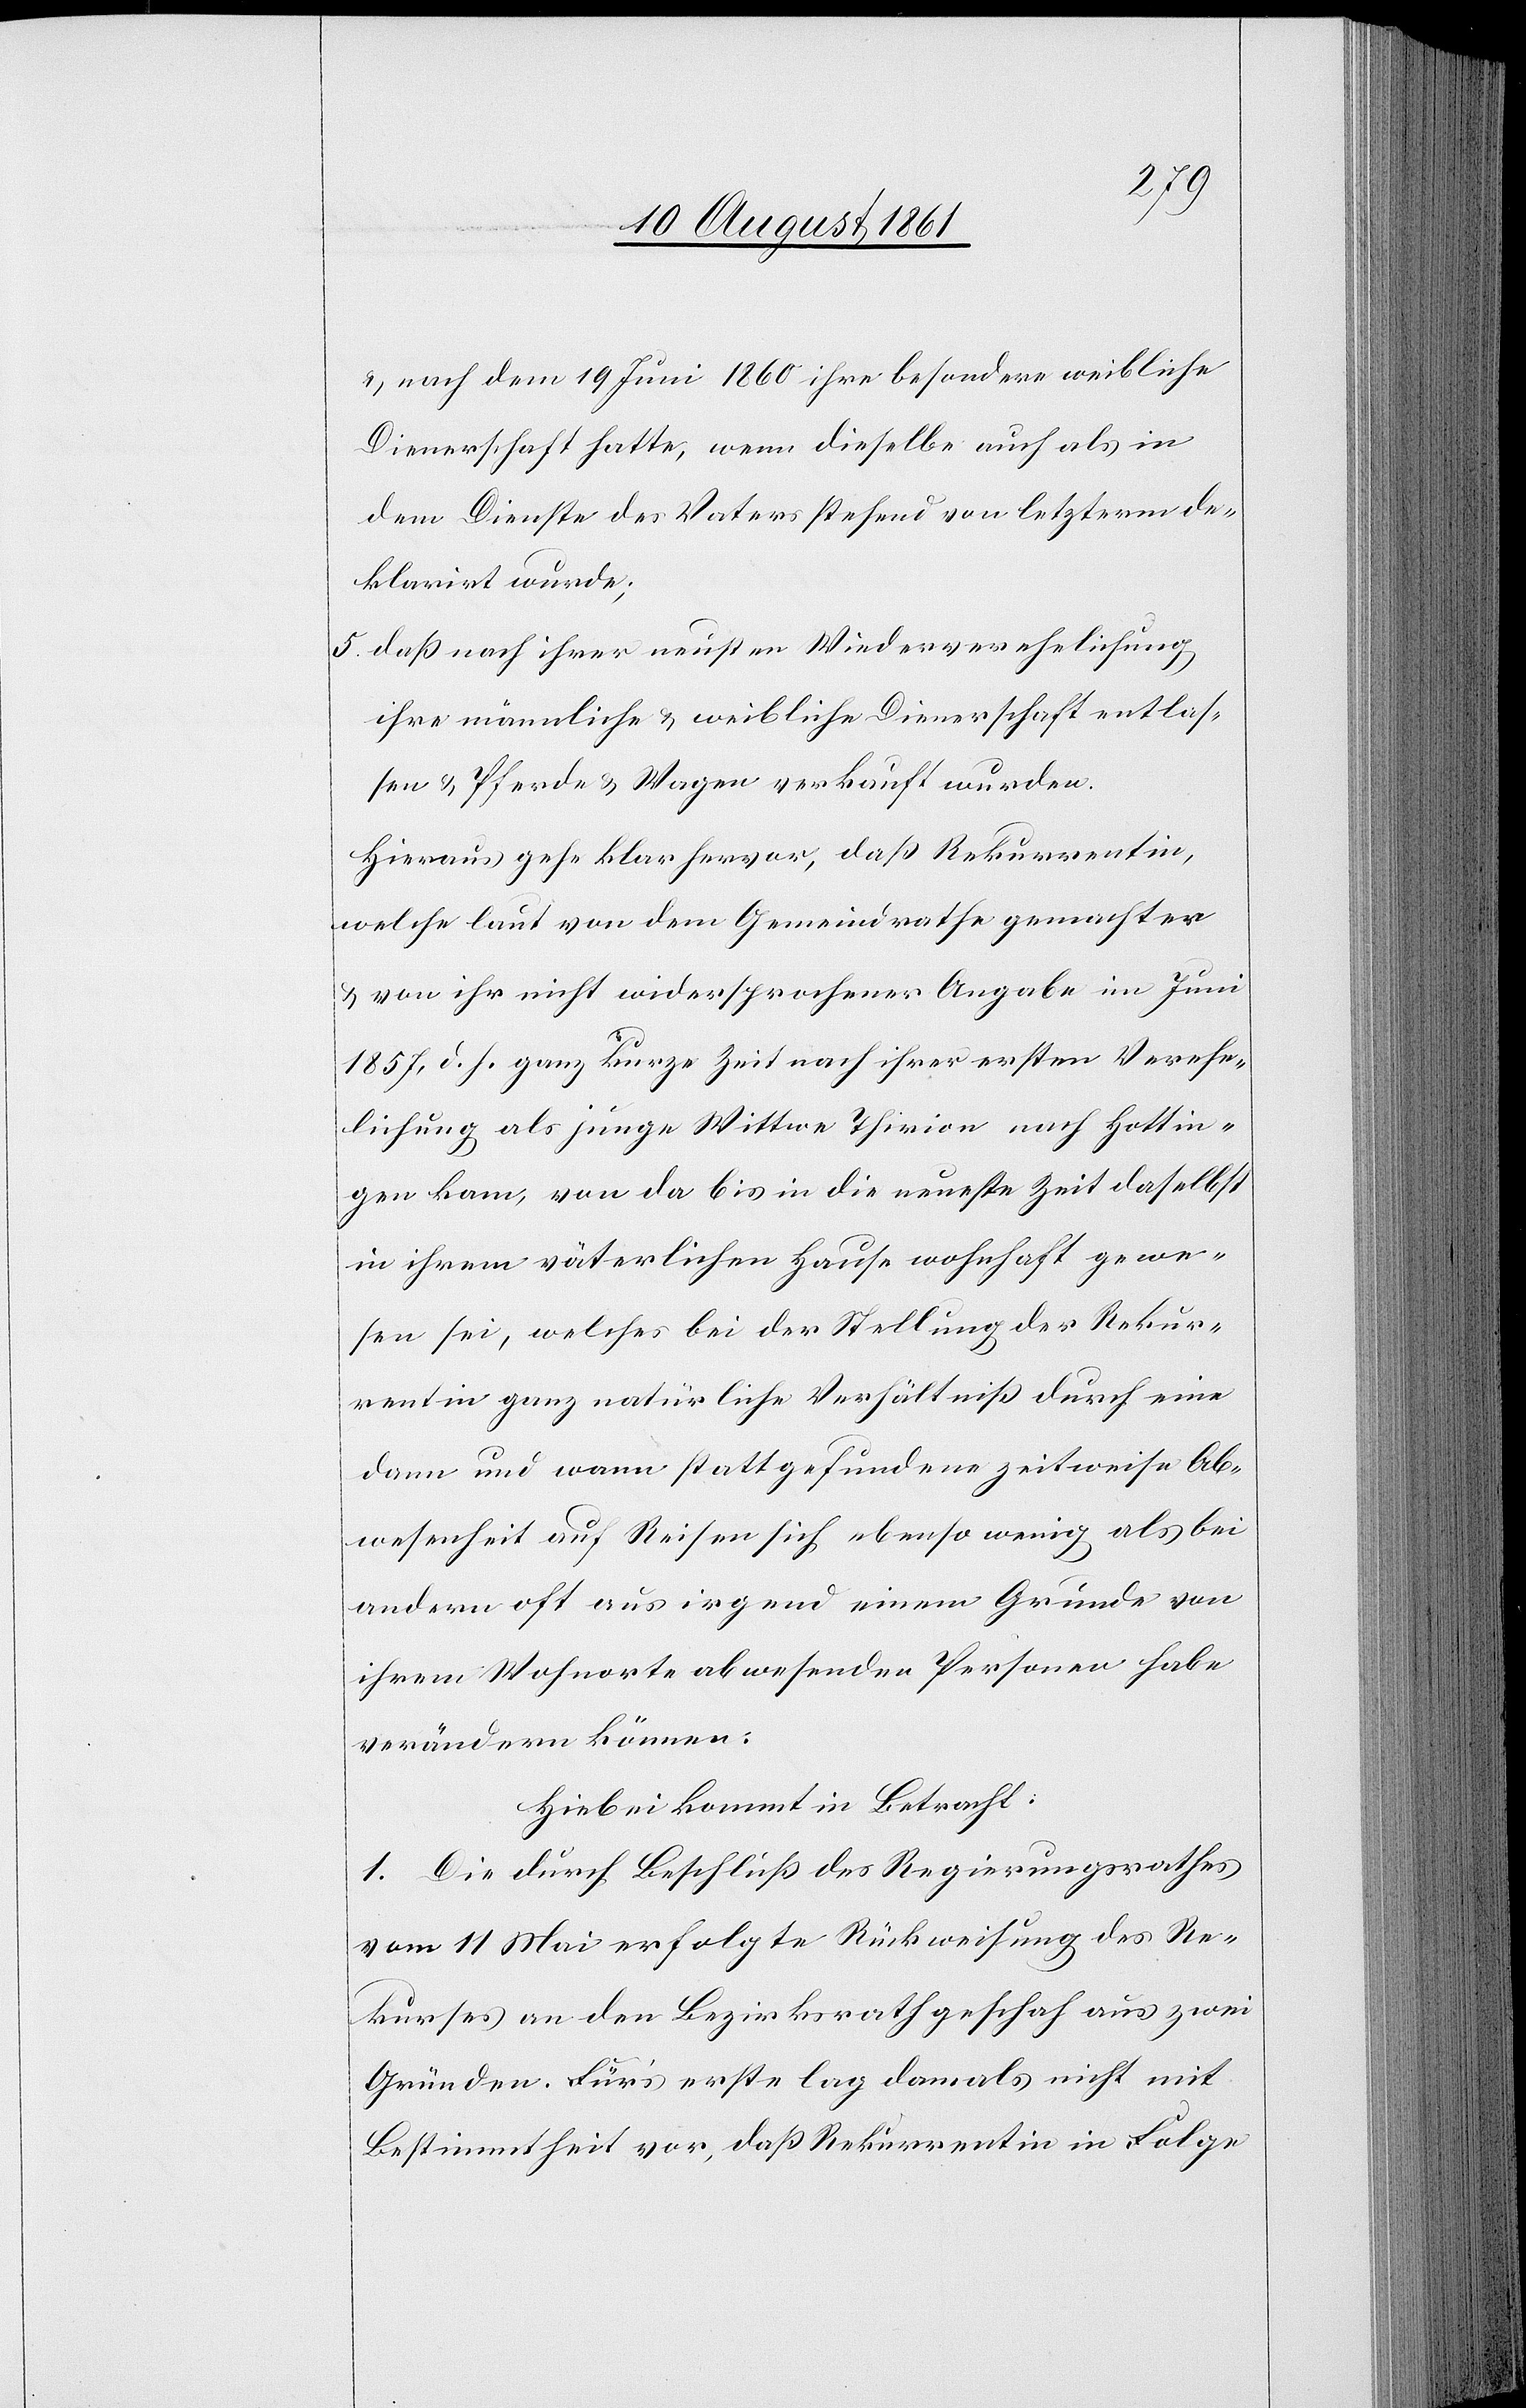
u. nach dem 19 Juni 1860 ihre besondere weibliche
Dienerschaft hatte, wenn dieselbe auch als in
dem Dienste des Vaters stehend von letzterm de¬
klarirt wurde;
5. daß nach ihrer neusten Wiederverehelichung
ihre männliche u. weibliche Dienerschaft entlas¬
sen u. Pferde u. Wagen verkauft wurden.
Hieraus gehe klar hervor, daß Rekurrentin,
welche laut von dem Gemeindrathe gemachter
u. von ihr nicht widersprochener Angabe im Juni
1857, d. h. ganz kurze Zeit nach ihrer ersten Verehe¬
lichung als junge Wittwe Thirion nach Hottin¬
gen kam, von da bis in die neueste Zeit daselbst
in ihrem väterlichen Hause wohnhaft gewe¬
sen sei, welches bei der Stellung der Rekur¬
rentin ganz natürliche Verhältniß durch eine
dann und wann stattgefundene zeitweise Ab¬
wesenheit auf Reisen sich ebenso wenig als bei
andern oft aus irgend einem Grunde von
ihrem Wohnorte abwesenden Personen habe
verändern können;
Hiebei kommt in Betracht:
1. Die durch Beschluß des Regierungsrathes
vom 11 Mai erfolgte Rückweisung des Re¬
kurses an den Bezirksrath geschah aus zwei
Gründen. Für’s erste lag damals nicht mit
Bestimmtheit vor, daß Rekurrentin in Folge